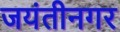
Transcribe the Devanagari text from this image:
जयंतीनगर